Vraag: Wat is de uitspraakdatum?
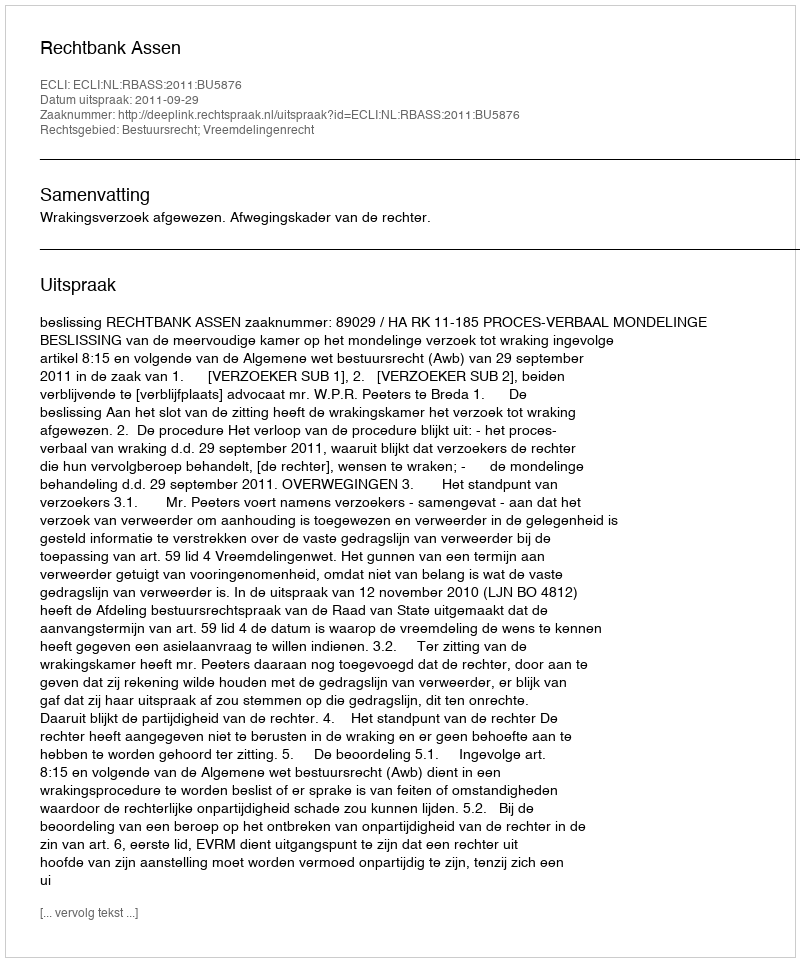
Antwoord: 2011-09-29